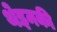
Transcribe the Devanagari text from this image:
थेइनकी